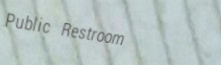
Public Restroom